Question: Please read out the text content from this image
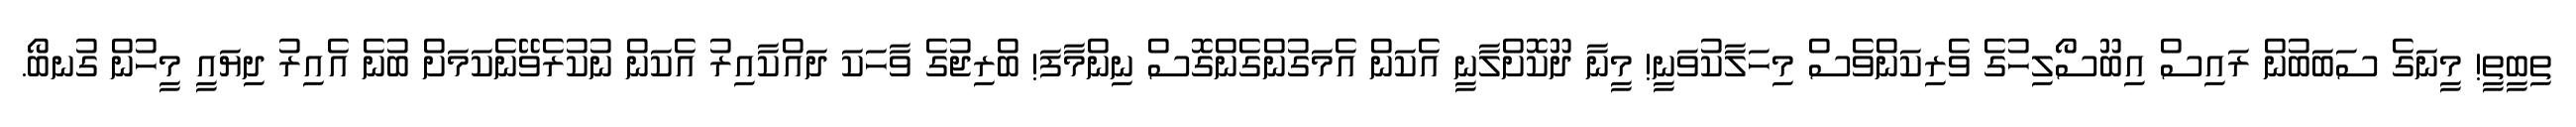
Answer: ތިބީތީ! މީނަގެ ސަބަބުން ރައިސް އިބޫސޯލިހުގެ ވެރިކަންވެސް މިހަލާކުވަނީ! މީނާ ދޫކޮށްލާނީ އެކަން އެމަގުންގެންގޮސް ނިންމާފަ! ބްރިޖުގެ ވާހަކަ ދައްކާއިރު އެކަން ނުކުރެވޭނެކަމަށް ބުނެ އެއިރު ދިޔައީ މީހުން ގުނބޯ.